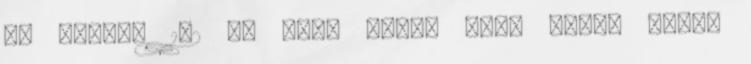
és dijoni 1-2 kk Erős Pista vagy chili szósz